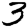
Digit: 3